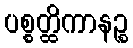
ပစ္စတ္ထိကာနဉ္စ